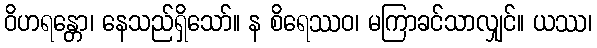
ဝိဟရန္တော၊ နေသည်ရှိသော်။ န စိရေဿဝ၊ မကြာခင်သာလျှင်။ ယဿ၊